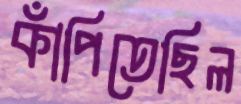
কাঁপিতেছিল